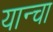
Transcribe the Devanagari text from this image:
यान्चा